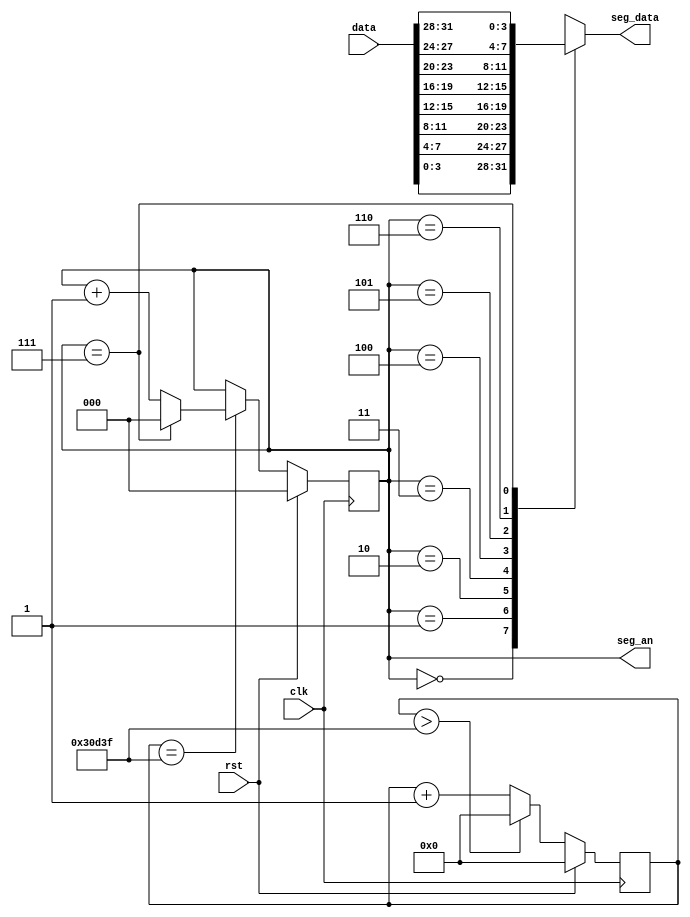
module Segment(
    input clk,
    input rst,

    input [31:0] data,      // The data ready to output
    output reg [2:0] seg_an,    // Connecting segments display
    output reg [3:0] seg_data    // Connecting segments display
);

    reg [25:0] cnt_2ms;
    localparam TIME_2MS = 200000;
    localparam SEG_NUM = 8;

    initial begin   // Used in simulation
        seg_an <= 0;
        cnt_2ms <= 0;
    end

    always @(posedge clk) begin
        if (rst) begin
            cnt_2ms <= 0;
        end
        else begin
            if (cnt_2ms > TIME_2MS - 1) 
                cnt_2ms = 0;
            else 
                cnt_2ms <= cnt_2ms + 1;
        end
    end

    always @(posedge clk) begin
        if (rst) begin
            seg_an <= 0;
        end
        else begin
            if (cnt_2ms == TIME_2MS - 1) begin
                if (seg_an == SEG_NUM - 1)
                    seg_an <= 0;
                else
                    seg_an <= seg_an + 1;    
            end
        end
    end
    
    always @(*) begin
        case (seg_an)
            'd0: begin seg_data = data[3:0]; end
            'd1: begin seg_data = data[7:4]; end
            'd2: begin seg_data = data[11:8]; end
            'd3: begin seg_data = data[15:12]; end
            'd4: begin seg_data = data[19:16]; end
            'd5: begin seg_data = data[23:20]; end
            'd6: begin seg_data = data[27:24]; end
            'd7: begin seg_data = data[31:28]; end
        endcase   
    end


endmodule